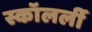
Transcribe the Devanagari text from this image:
स्कॉलर्ली